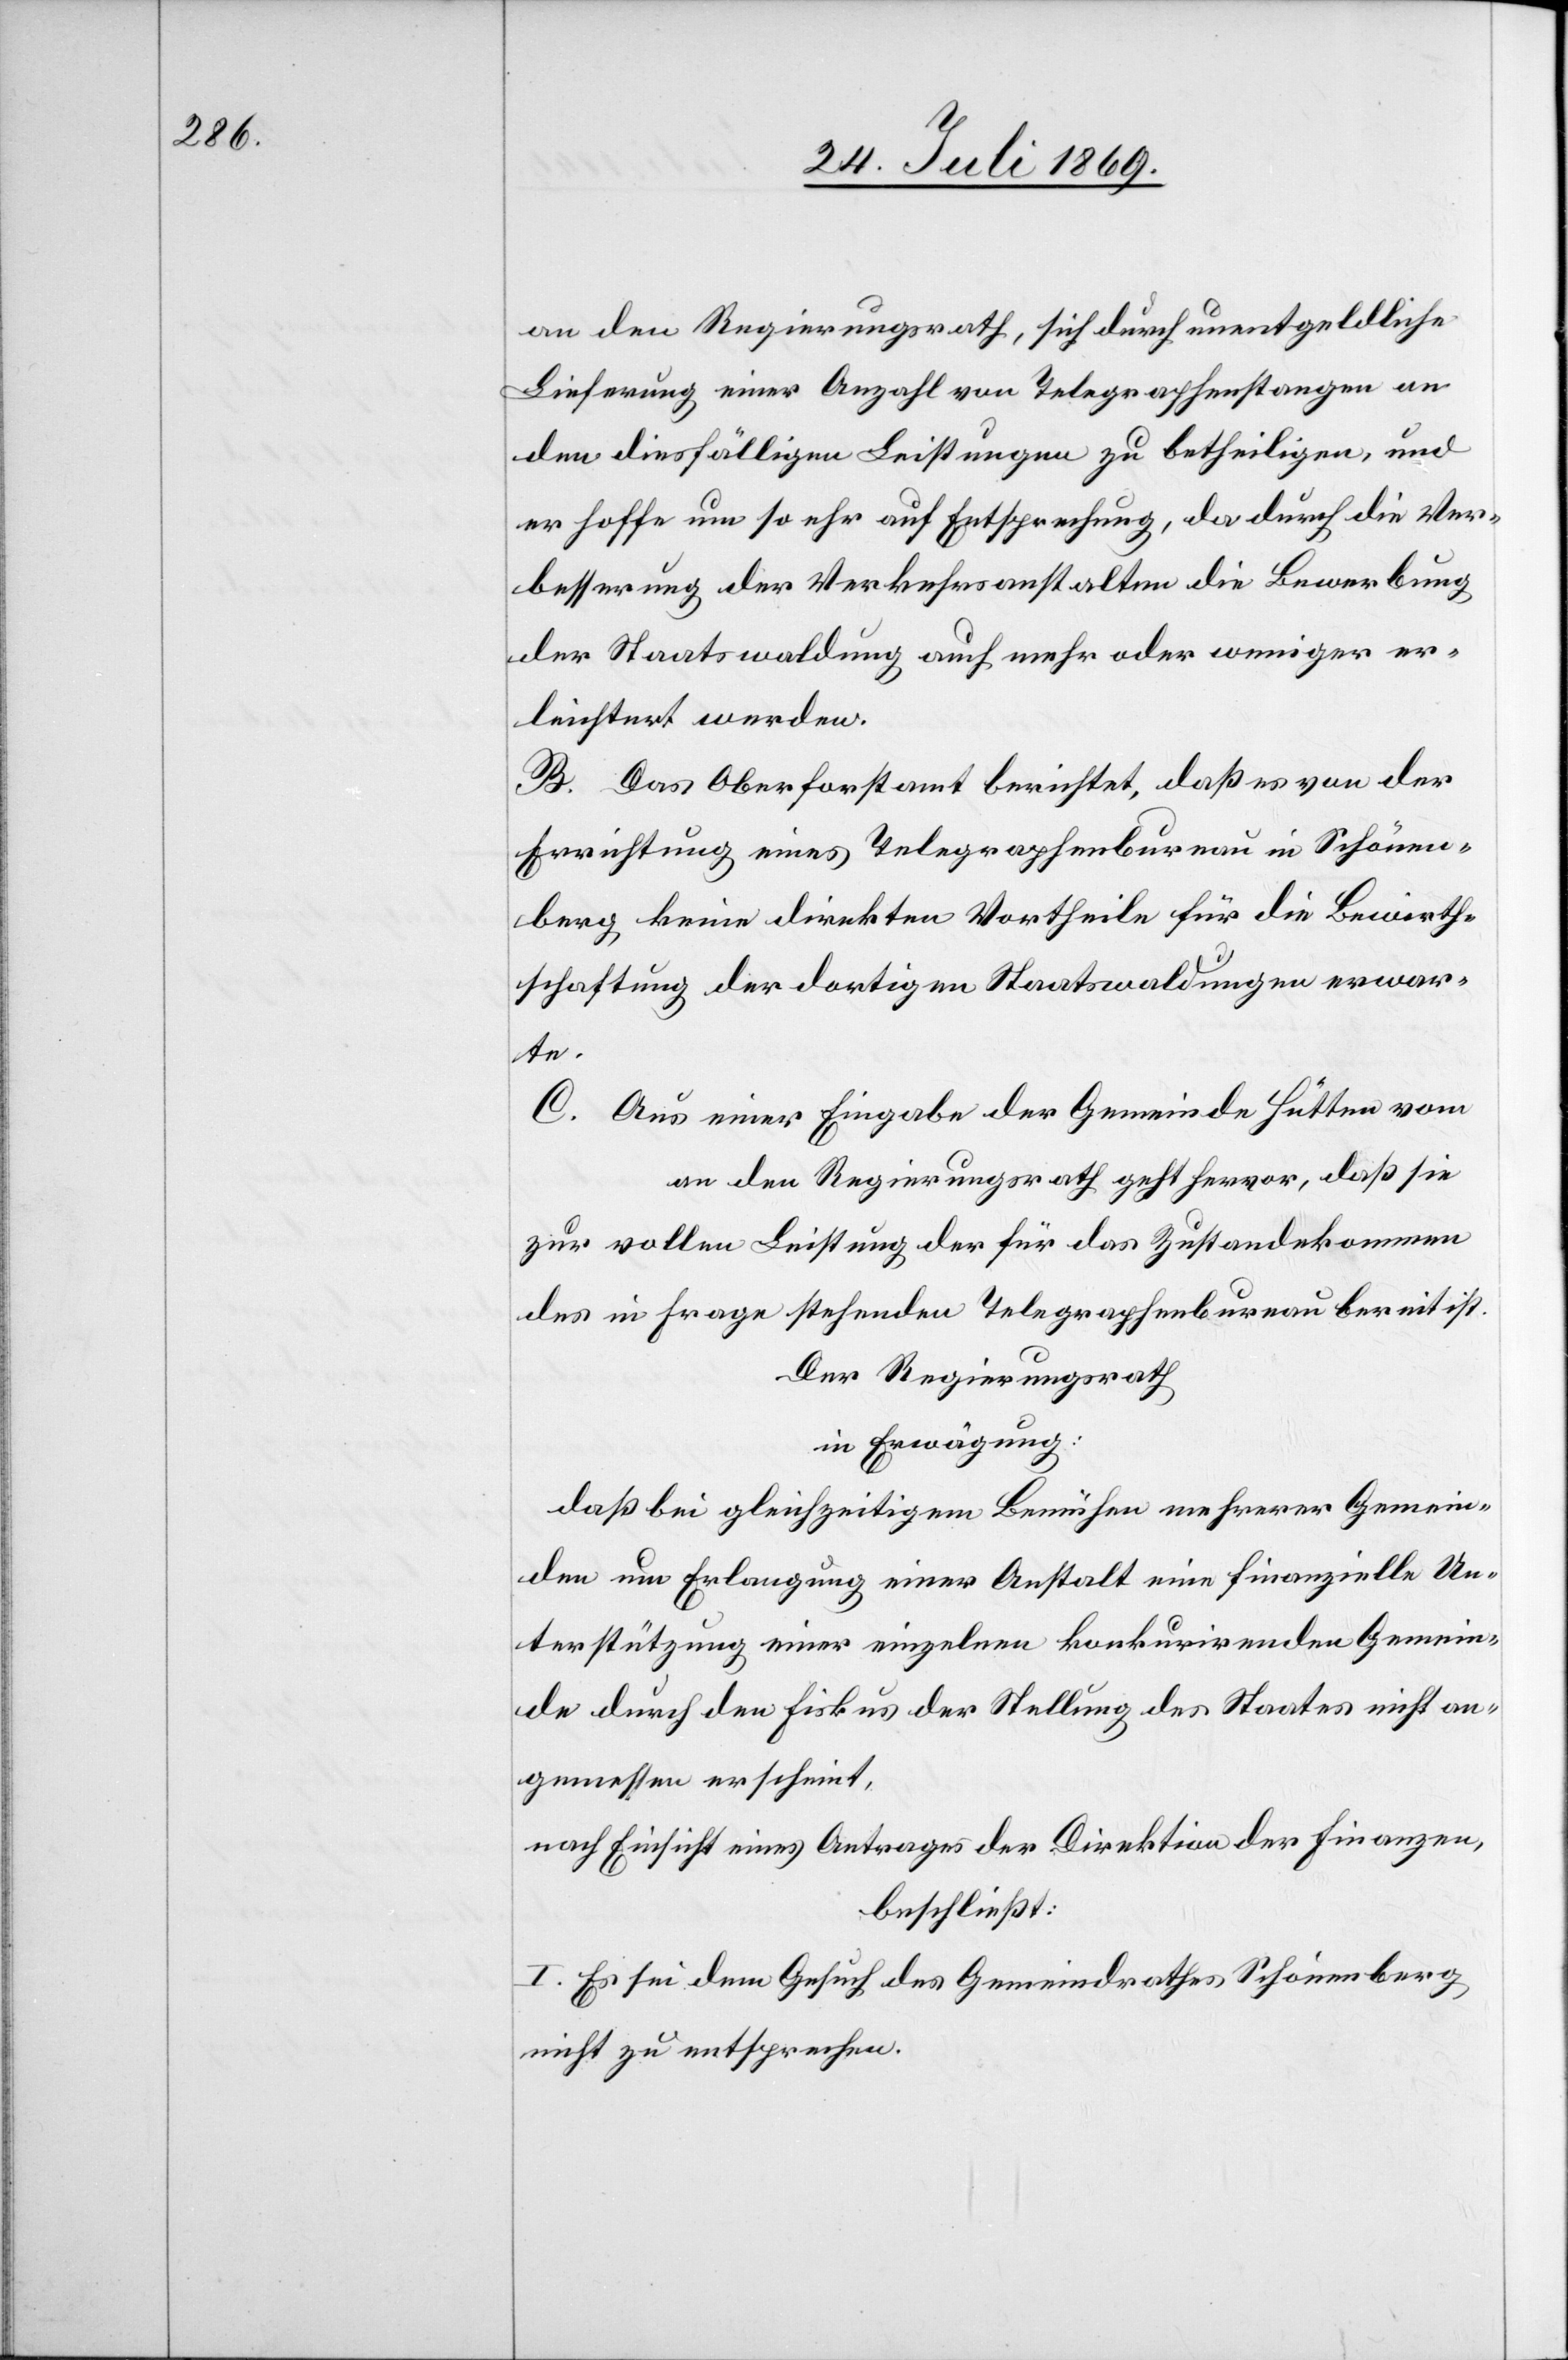
an den Regierungsrath, sich durch unentgeldliche
Lieferung einer Anzahl von Telegraphenstangen an
den diesfälligen Leistungen zu betheiligen, und
er hoffe um so eher auf Entsprechung, da durch die Ver¬
besserung der Verkehrsanstalten die Bewerbung
der Staatswaldung auf mehr oder weniger er¬
leichert werden.
B. Das Oberforstamt berichtet, daß es von der
Errichtung eines Telegraphenbureau in Schönen¬
berg keine direkten Vortheile für die Bewirth¬
schaftung der dortigen Staatswaldung erwar¬
te.
C. Aus einer Eingabe der Gemeinde Hütten vom
an den Regierungsrath geht hervor, daß sie
zur vollen Leistung der für das Zustandekommen
des in Frage stehenden Telegraphenbureau bereit ist.
Der Regierungsrath
in Erwägung:
daß bei gleichzeitigem Berühren mehrerer Gemein¬
den um Erlangung einer Anstalt eine finanzielle Un¬
terstützung einer einzelnen konkurrirenden Gemein¬
de durch den Fiskus der Stellung des Staates nicht an¬
gemessen erscheint,
nach Einsicht eines Antrages der Direktion der Finanzen,
beschließt:
I. Es sei dem Gesuch des Gemeindrathes Schönenberg
nicht zu entsprechen.